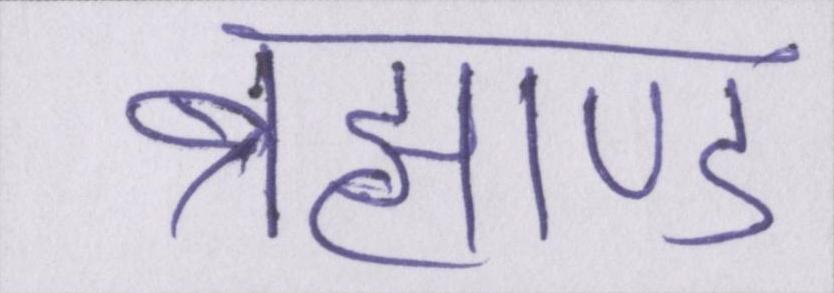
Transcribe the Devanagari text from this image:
ब्रह्माण्ड